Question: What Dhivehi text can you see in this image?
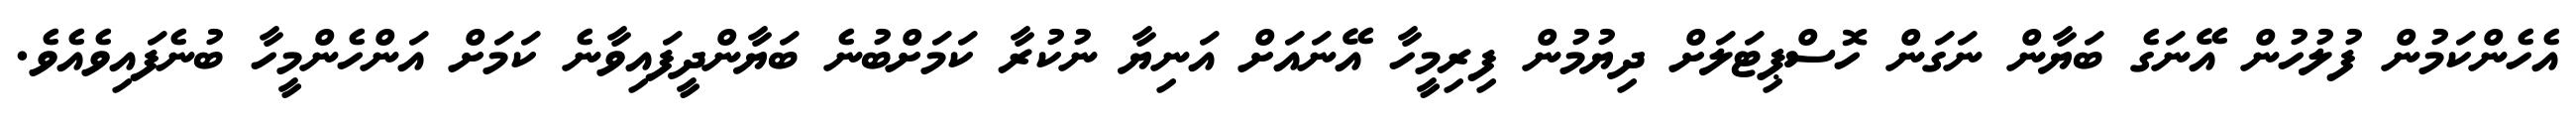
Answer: އެހެންކަމުން ފުލުހުން އޭނަގެ ބަޔާން ނަގަން ހޮސްޕިޓަލަށް ދިޔުމުން ފިރިމީހާ އޭނައަށް އަނިޔާ ނުކުރާ ކަމަށްބުނެ ބަޔާންދީފައިވާނެ ކަމަށް އަންހެންމީހާ ބުނެފައިވެއެވެ.